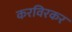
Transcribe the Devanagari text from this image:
करविरकर